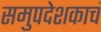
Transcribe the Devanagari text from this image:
समुपदेशकाचं